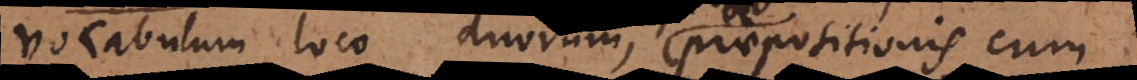
vocabulum loco duorum, praepositionis cum